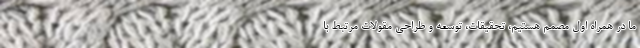
ما در همراه اول مصمم هستیم، تحقیقات، توسعه و طراحی مقولات مرتبط با